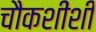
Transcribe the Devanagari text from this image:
चौकशींशी